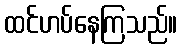
ထင်ဟပ်နေကြသည်။